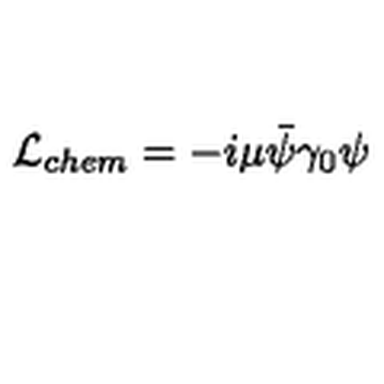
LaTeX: { \cal L } _ { c h e m } = - i \mu \bar { \psi } \gamma _ { 0 } \psi